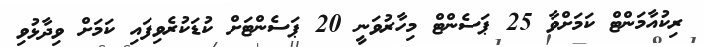
ރިކުއާމަންޓް ކަމަށްވާ 25 ޕަސެންޓް މިހާރުވަނީ 20 ޕަސެންޓަށް ކުޑަކުރެވިފައި ކަމަށް ވިދާޅުވި